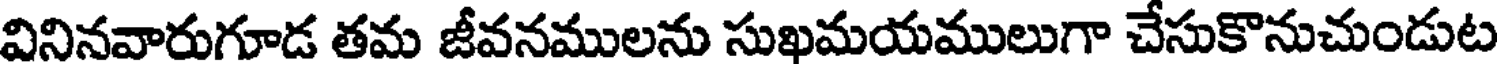
వినినవారుగూడ తమ జీవనములను సుఖమయములుగా చేసుకొనుచుండుట